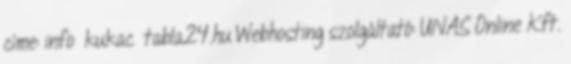
címe: info kukac tabla24.hu Webhosting szolgáltató: UNAS Online Kft.